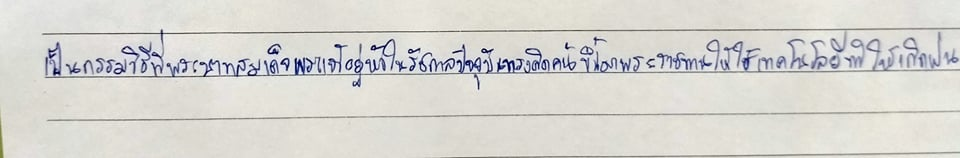
เป็นกรรมวิธีที่พระบาทสมเด็จพระเจ้าอยู่หัวในรัชกาลปัจจุบันทรงคิดค้นขึ้นมาพระราชทานให้ใช้เทคโนโลยีในการทำให้เกิดฝน